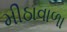
મીઠાવાળા